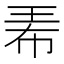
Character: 𤤰